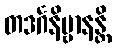
တဒင်္ဂနိဗ္ဗာနန္တိ